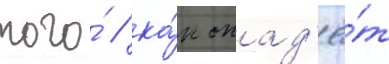
того́ / ка́к опад'ё́т